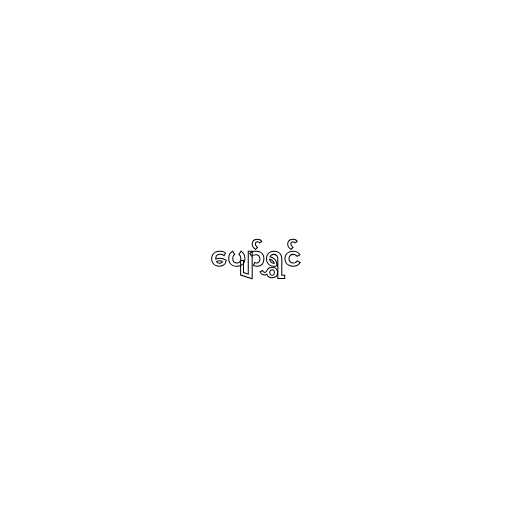
ပျော်ရွှင်